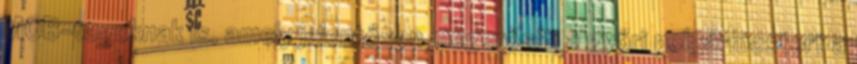
MOB-tagoknak is, amely jelentősen megerősíti a győri polgármestert a